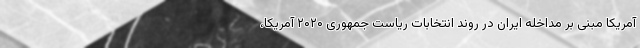
آمریکا مبنی بر مداخله ایران در روند انتخابات ریاست جمهوری ۲۰۲۰ آمریکا،